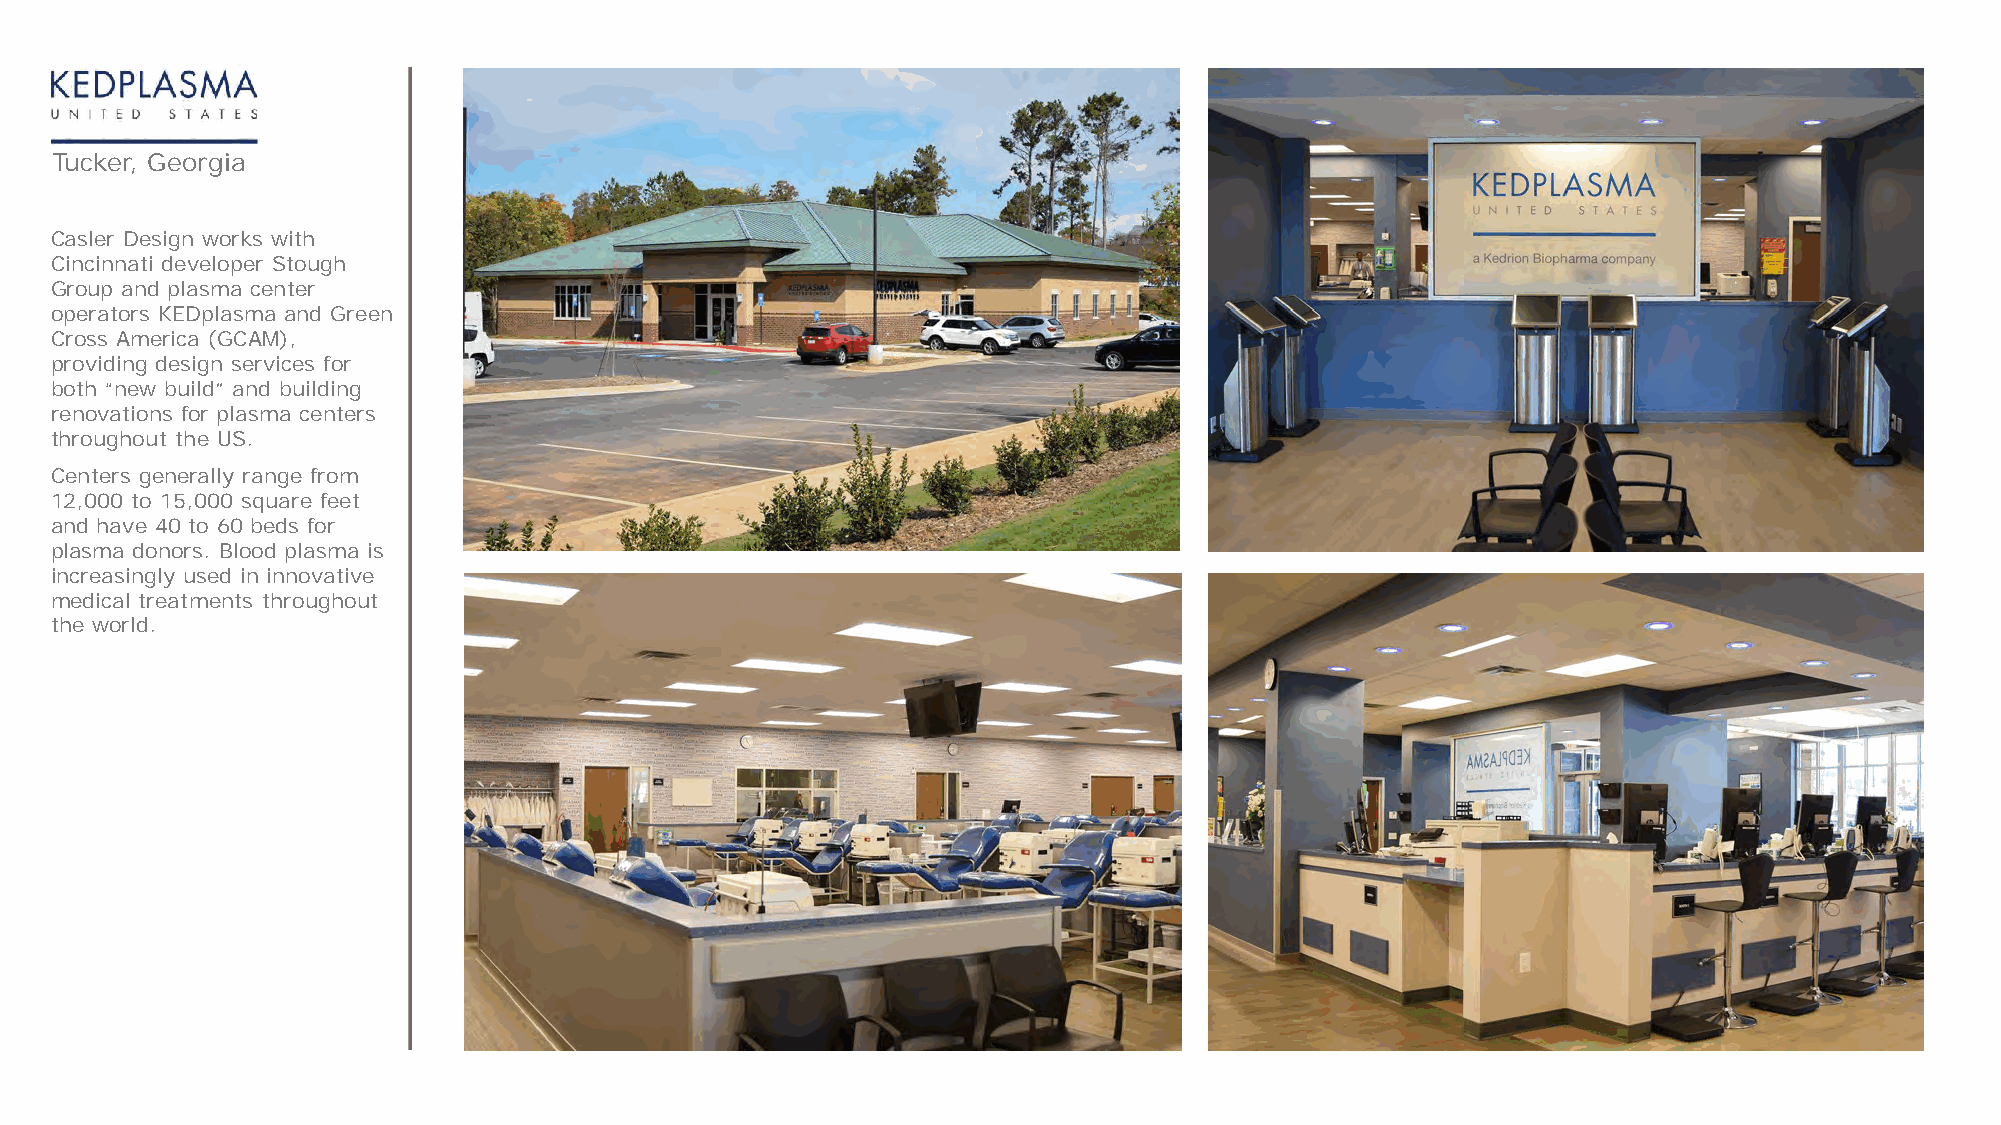
Tucker, Georgia
 Casler Design works with
 Cincinnati developer Stough
 Group and plasma center
 operators KEDplasma and Green
 Cross America (GCAM),
 providing design services for
 both “new build” and building
 renovations for plasma centers
 throughout the US.
 Centers generally range from
 12,000 to 15,000 square feet
 and have 40 to 60 beds for
 plasma donors. Blood plasma is
 increasingly used in innovative
 medical treatments throughout
 the world.